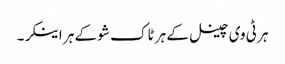
ہر ٹی وی چینل کے ہر ٹاک شو کے ہر اینکر۔